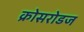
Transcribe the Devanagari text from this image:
क्रोसरोडज